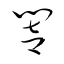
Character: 響